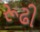
રૂઢી